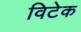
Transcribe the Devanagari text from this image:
विटेक